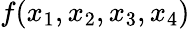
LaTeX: f(x_{1},x_{2},x_{3},x_{4})